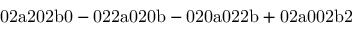
\mathrm { 0 2 a 2 0 2 b 0 - 0 2 2 a 0 2 0 b - 0 2 0 a 0 2 2 b + 0 2 a 0 0 2 b 2 }